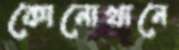
কোনোখানে